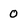
Character: 0